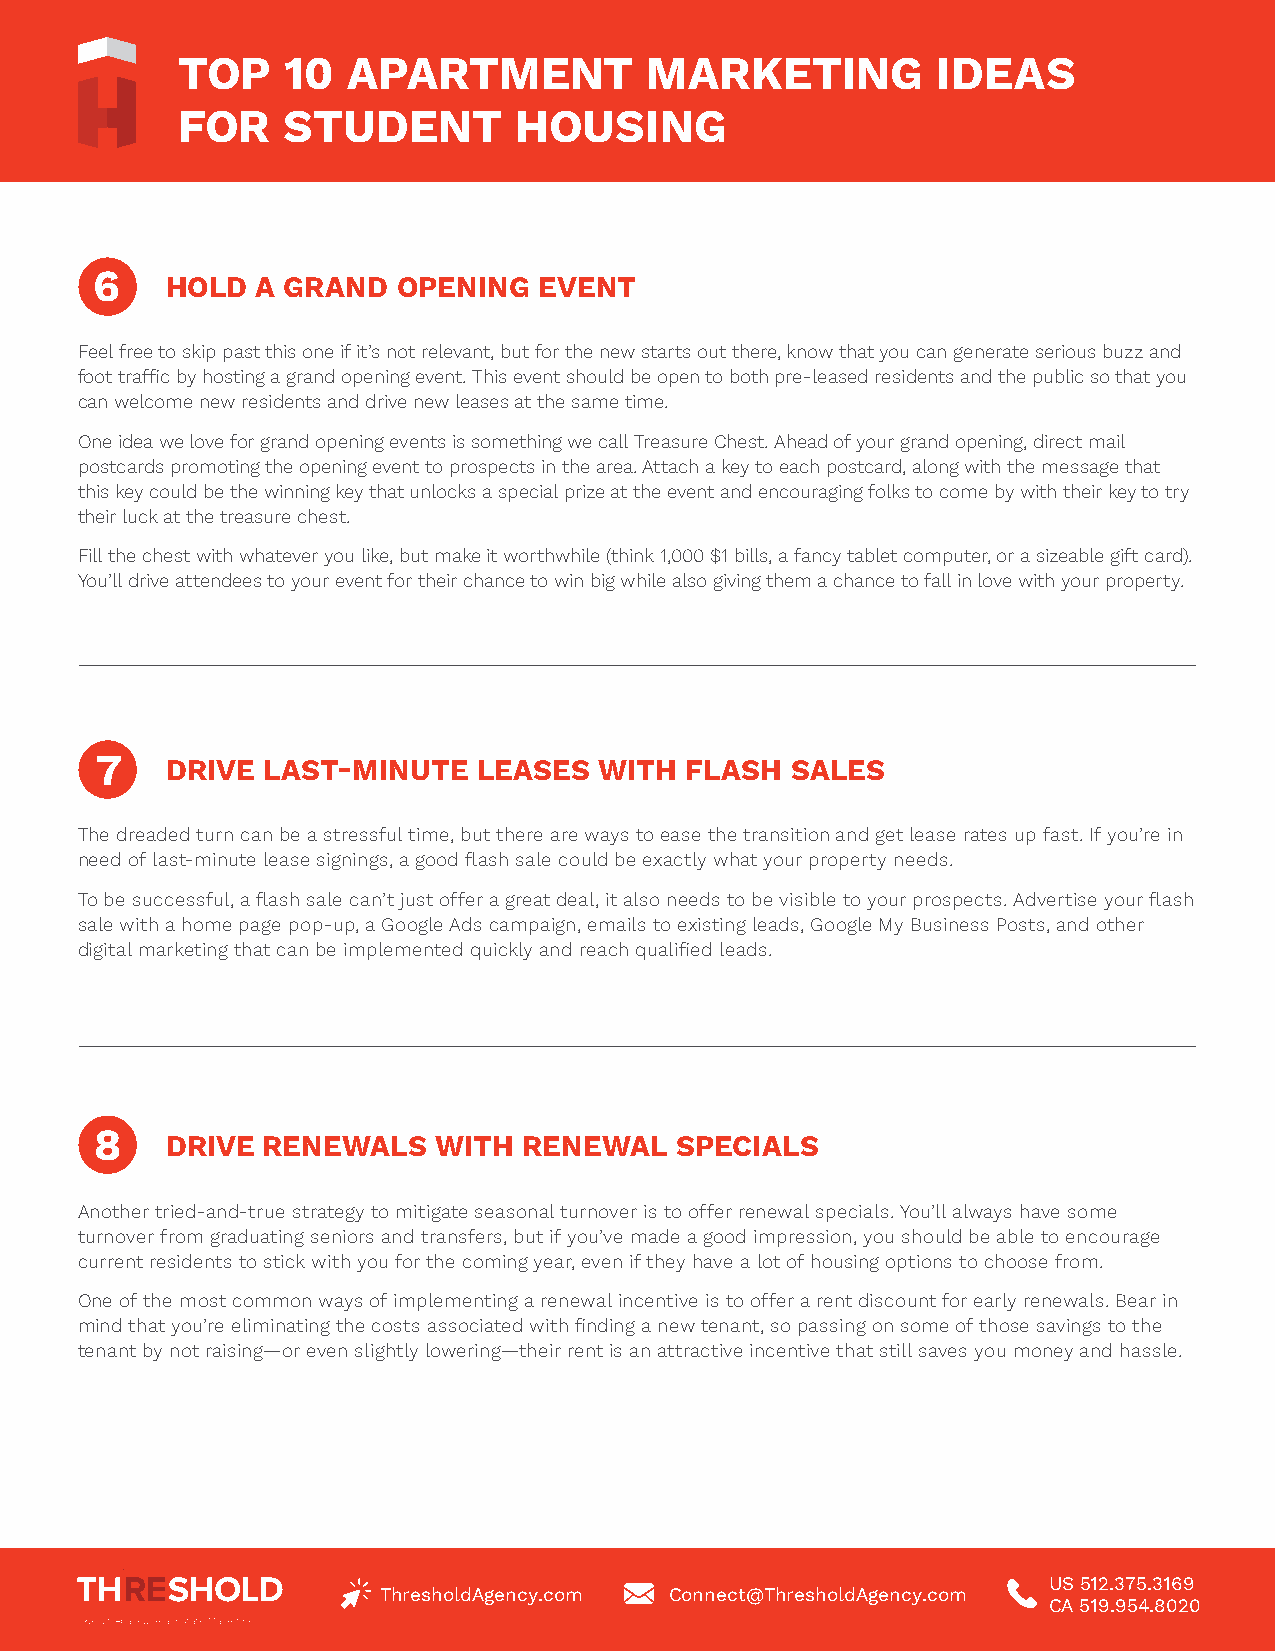
TOP    10  APARTMENT           MARKETING          IDEAS
 FOR    STUDENT        HOUSING
 6    HOLD  A GRAND  OPENING   EVENT
 Feel free to skip past this one if it’s not relevant, but for the new starts out there, know that you can generate serious buzz and
 foot traffic by hosting a grand opening event. This event should be open to both pre-leased residents and the public so that you
 can welcome new residents and drive new leases at the same time.
 One idea we love for grand opening events is something we call Treasure Chest. Ahead of your grand opening, direct mail
 postcards promoting the opening event to prospects in the area. Attach a key to each postcard, along with the message that
 this key could be the winning key that unlocks a special prize at the event and encouraging folks to come by with their key to try
 their luck at the treasure chest.
 Fill the chest with whatever you like, but make it worthwhile (think 1,000 $1 bills, a fancy tablet computer, or a sizeable gift card).
 You’ll drive attendees to your event for their chance to win big while also giving them a chance to fall in love with your property.
 7    DRIVE LAST-MINUTE    LEASES  WITH FLASH  SALES
 The dreaded turn can be a stressful time, but there are ways to ease the transition and get lease rates up fast. If you’re in
 need of last-minute lease signings, a good flash sale could be exactly what your property needs.
 To be successful, a flash sale can’t just offer a great deal, it also needs to be visible to your prospects. Advertise your flash
 sale with a home page pop-up, a Google Ads campaign, emails to existing leads, Google My Business Posts, and other
 digital marketing that can be implemented quickly and reach qualified leads.
 8    DRIVE RENEWALS    WITH  RENEWAL   SPECIALS
 Another tried-and-true strategy to mitigate seasonal turnover is to offer renewal specials. You’ll always have some
 turnover from graduating seniors and transfers, but if you’ve made a good impression, you should be able to encourage
 current residents to stick with you for the coming year, even if they have a lot of housing options to choose from.
 One of the most common ways of implementing a renewal incentive is to offer a rent discount for early renewals. Bear in
 mind that you’re eliminating the costs associated with finding a new tenant, so passing on some of those savings to the
 tenant by not raising—or even slightly lowering—their rent is an attractive incentive that still saves you money and hassle.
 US 512.375.3169
 ThresholdAgency.com Connect@ThresholdAgency.com
 CA 519.954.8020